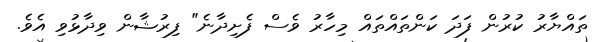
ތައްޔާރު ކުރުން ފަދަ ކަންތައްތައް މިހާރު ވެސް ފެށިދާނެ" ފިރުޝާން ވިދާޅުވި އެވެ.